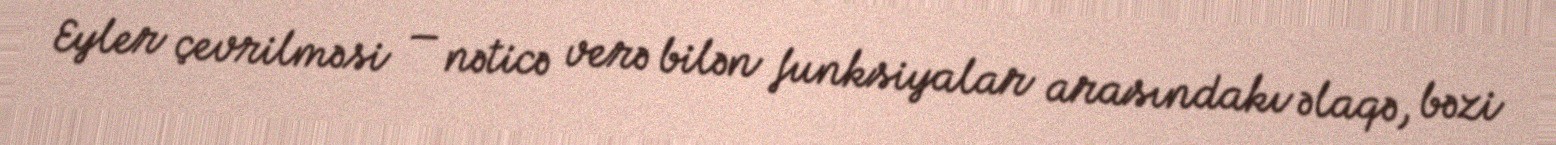
Eyler çevrilməsi — nəticə verə bilən funksiyalar arasındakı əlaqə, bəzi